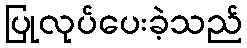
ပြုလုပ်ပေးခဲ့သည်